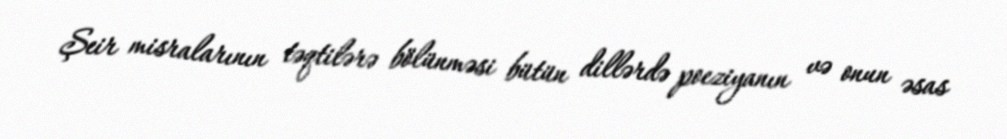
Şeir misralarının təqtilərə bölünməsi bütün dillərdə poeziyanın və onun əsas